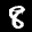
Digit: 8